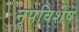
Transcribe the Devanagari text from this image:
नृपविशेष